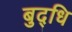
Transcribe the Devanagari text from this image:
बुद्‌धि